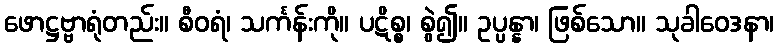
ဖောဋ္ဌဗ္ဗာရုံတည်း။ စီဝရံ၊ သင်္ကန်းကို။ ပဋိစ္စ၊ စွဲ၍။ ဥပ္ပန္နာ၊ ဖြစ်သော။ သုခါဝေဒနာ၊